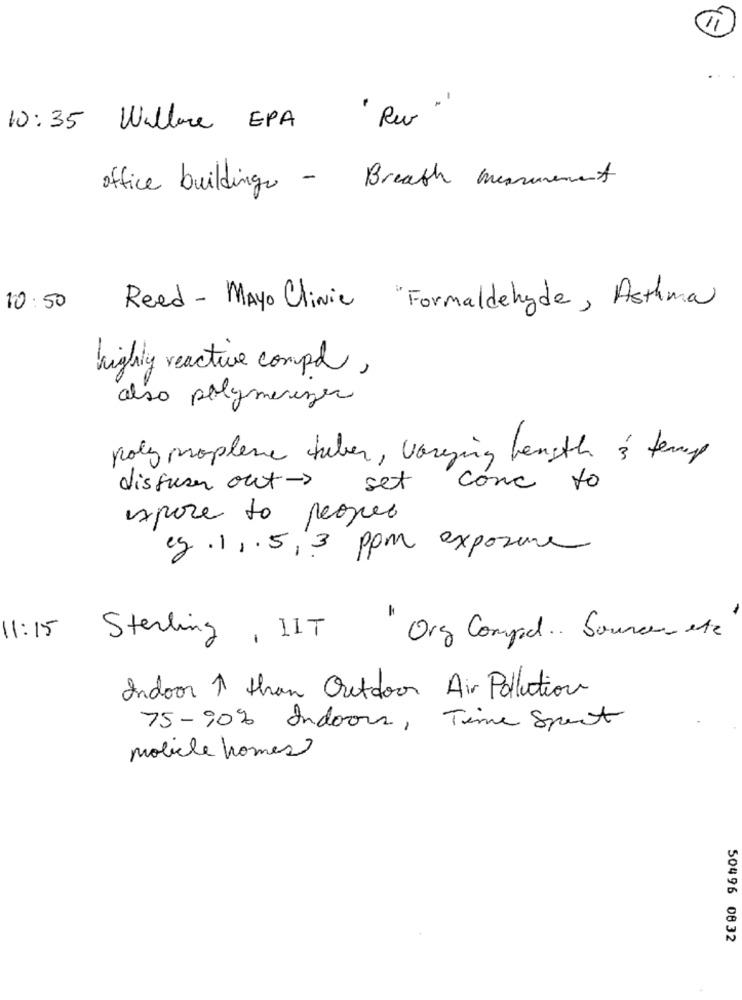
10:35 Willare EPA 'Re "
office buildings - Breath measurement
10:50
Reed - Mayo Clinic
Formaldehyde, Asthma
highly reactive compl,
also polymerezes
poly propleme huber, varying length & temp
dispuser out->
£
set
come to
espace to peoples
eg. 11.5, 3 ppm exposure
11:15
Sterling, IIT " Org Compod .. Sources afe
Indoor 1 than Outdoor Air Pollution
75-90% Indoors, Time Spent
mobile homes
50496 0832